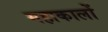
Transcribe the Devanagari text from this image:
महाकालों